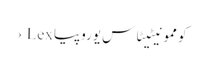
کوممونیٹیٹاس یوروپیا Lex ›